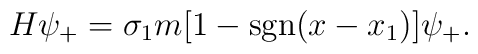
H\psi_{+}=\sigma_{1}m[1-{\rm sgn}(x-x_{1})]\psi_{+}.